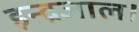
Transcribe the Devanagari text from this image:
इन्द्रजाल।